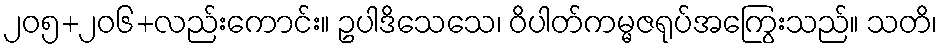
၂၀၅+၂၀၆+လည်းကောင်း။ ဥပါဒိသေသေ၊ ဝိပါတ်ကမ္မဇရုပ်အကြွေးသည်။ သတိ၊